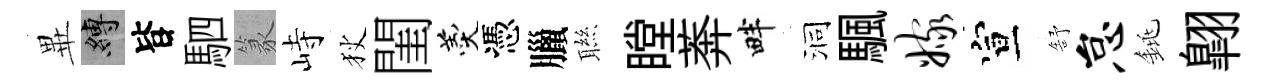
𭺾縛𣅜駟篆峙狄閨羹憑臘聮瞠莾畔洞颿嫁宣舒怠銚翺